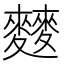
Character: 𲎐